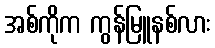
အစ်ကိုက ကွန်မြူနစ်လား